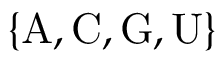
\{ \mathrm { A } , \mathrm { C } , \mathrm { G } , \mathrm { U } \}